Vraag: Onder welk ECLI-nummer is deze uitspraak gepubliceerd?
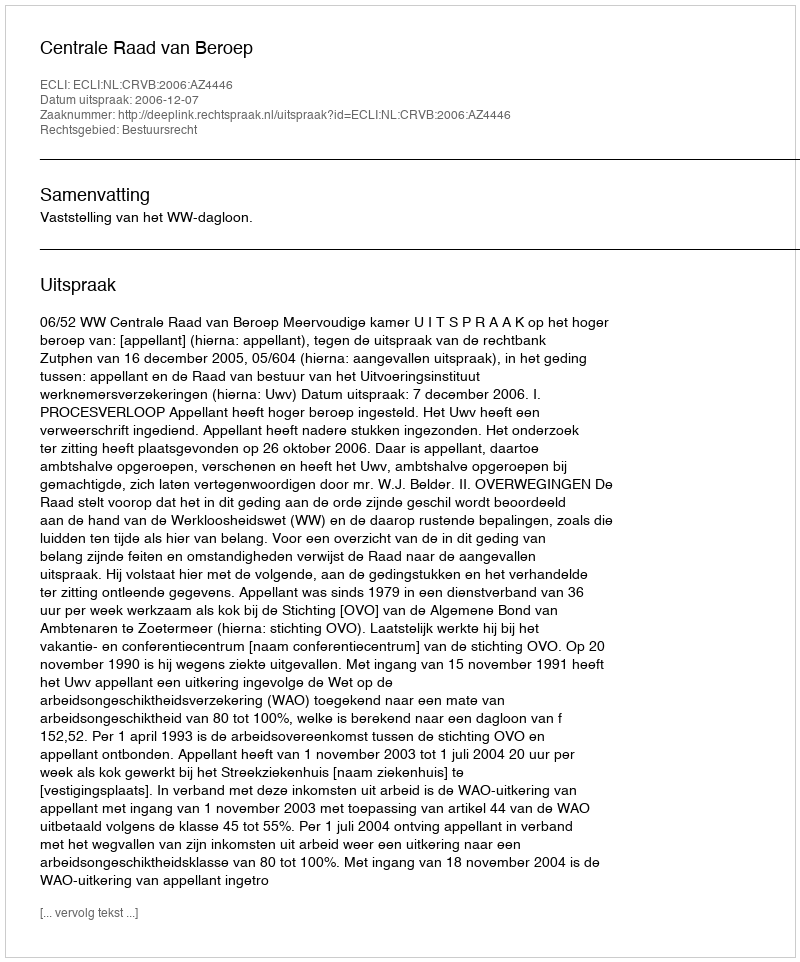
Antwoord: ECLI:NL:CRVB:2006:AZ4446